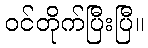
ဝင်တိုက်ပြီးပြီ။